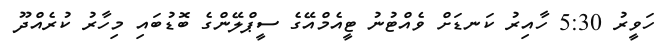
ހަވީރު 5:30 ހާއިރު ކަނޑަށް ވެއްޓުނު ޓީއެމްއޭގެ ސީޕްލޭންގެ ބޮޑުބައި މިހާރު ކުރެއްދޫ